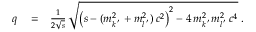
\begin{array} { r l r } { q } & { { } = } & { \frac { 1 } { 2 \sqrt { s } } \, \sqrt { \left( s - ( m _ { k ^ { \, ^ { \prime } } } ^ { 2 } + m _ { l ^ { \, ^ { \prime } } } ^ { 2 } ) \, c ^ { 2 } \right) ^ { 2 } - 4 \, m _ { k ^ { \, ^ { \prime } } } ^ { 2 } m _ { l ^ { \, ^ { \prime } } } ^ { 2 } \, c ^ { 4 } } \; . } \end{array}